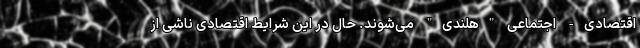
اقتصادی- اجتماعی "هلندی" می‌شوند. حال در این شرایط اقتصادی ناشی از